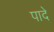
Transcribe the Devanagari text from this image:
पादे